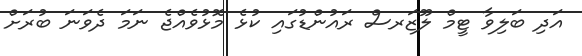
އަދި ބަލިވާ ޓީމް ލޫޒަރސް ރައުންޑުގައި ކުޅެ މޮޅުވެއްޖެ ނަމަ ދެވަނަ ބުރަށް